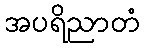
အပရိညာတံ